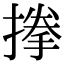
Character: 搼